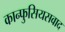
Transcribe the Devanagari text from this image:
कान्फुसियसवाद